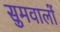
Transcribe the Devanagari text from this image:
सुमवालों